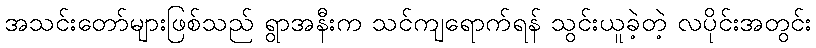
အသင်းတော်များဖြစ်သည် ရွာအနီးက သင်ကျရောက်ရန် သွင်းယူခဲ့တဲ့ လပိုင်းအတွင်း